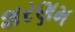
શરણમ